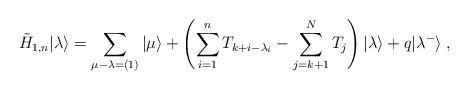
LaTeX: \begin{align*}\tilde{H}_{1,n}|\lambda \rangle =\sum_{\mu -\lambda =(1)}|\mu \rangle+\left( \sum_{i=1}^{n}T_{k+i-\lambda _{i}}-\sum_{j=k+1}^{N}T_{j}\right)|\lambda \rangle +q|\lambda ^{-}\rangle \;, \end{align*}